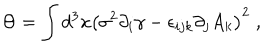
\Theta = \int d ^ { 3 } x \left( \sigma ^ { 2 } \partial _ { i } \gamma - \epsilon _ { i j k } \partial _ { j } A _ { k } \right) ^ { 2 } \; ,